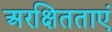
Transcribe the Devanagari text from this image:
अरक्षितताएं